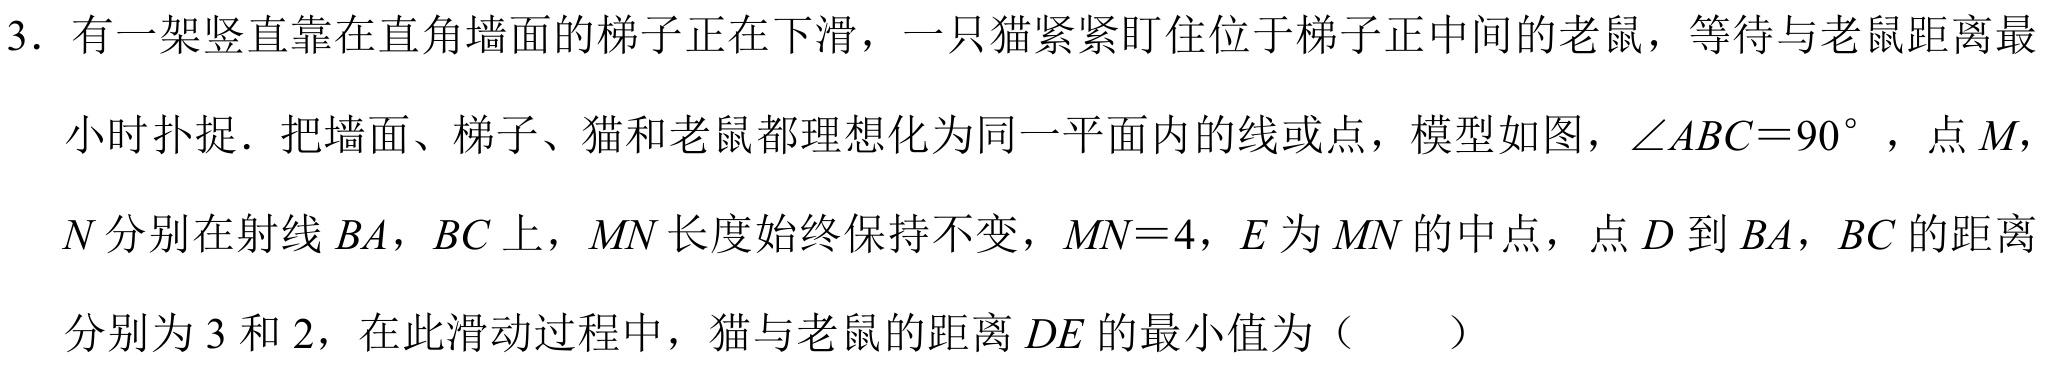
3. 有一架竖直靠在直角墙面的梯子正在下滑，一只猫紧紧盯住位于梯子正中间的老鼠，等待与老鼠距离最小时扑捉．把墙面、梯子、猫和老鼠都理想化为同一平面内的线或点，模型如图，$\angle ABC = 90^{\circ}$，点$M$，$N$分别在射线$BA$，$BC$上，$MN$长度始终保持不变，$MN = 4$，$E$为$MN$的中点，点$D$到$BA$，$BC$的距离分别为$3$和$2$，在此滑动过程中，猫与老鼠的距离$DE$的最小值为（  ）